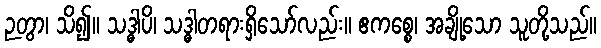
ဉတွာ၊ သိ၍။ သဒ္ဓါပိ၊ သဒ္ဓါတရားရှိသော်လည်း။ ဧကစ္စေ၊ အချို့သော သူတို့သည်။